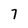
Character: 7